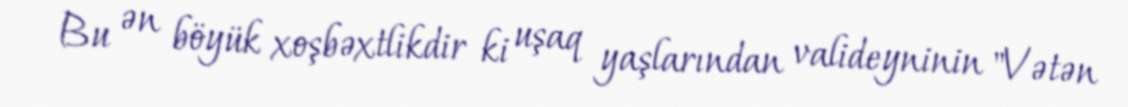
Bu ən böyük xoşbəxtlikdir ki uşaq yaşlarından valideyninin "Vətən